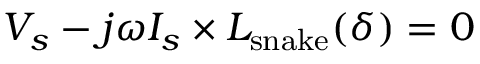
V _ { s } - j \omega I _ { s } \times L _ { \mathrm { s n a k e } } ( \delta ) = 0